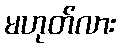
မဟုတ်လား